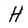
Character: H